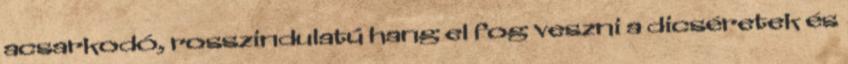
acsarkodó, rosszindulatú hang el fog veszni a dicséretek és